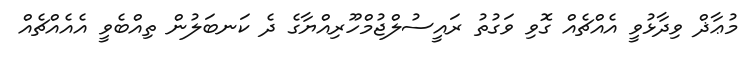
މުޢާޛް ވިދާޅުވީ އެއްޗެއް ގޮވި ވަގުތު ރައީސުލްޖުމްހޫރިއްޔާގެ ދެ ކަނބަލުން ތިއްބެވީ އެއެއްޗެއް